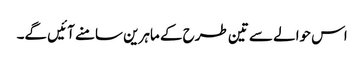
اس حوالے سے تین طرح کے ماہرین سامنے آئیں گے۔